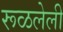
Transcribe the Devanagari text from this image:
रूळलेली